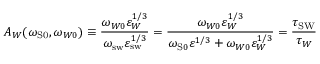
A _ { W } ( \omega _ { \mathrm { { S } 0 } } , \omega _ { W 0 } ) \equiv \frac { \omega _ { W 0 } \varepsilon _ { W } ^ { 1 / 3 } } { \omega _ { \mathrm { s w } } \varepsilon _ { \mathrm { { s w } } } ^ { 1 / 3 } } = \frac { \omega _ { W 0 } \varepsilon _ { W } ^ { 1 / 3 } } { \omega _ { \mathrm { S } 0 } \varepsilon ^ { 1 / 3 } + \omega _ { W 0 } \varepsilon _ { W } ^ { 1 / 3 } } = \frac { \tau _ { \mathrm { { S W } } } } { \tau _ { W } }